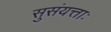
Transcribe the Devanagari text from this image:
सुसंयत्ताः